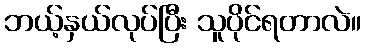
ဘယ့်နှယ်လုပ်ပြီး သူပိုင်ရတာလဲ။